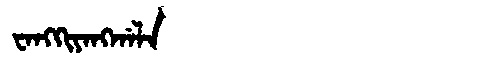
Manchu: ᠸᠠᠩᡴᡳᠶᠠᠩᡤᠠᠯᠠ
Romanization: WANGKIYANGGALA